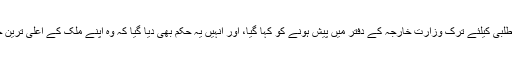
آسٹریا کے سفیر کو اس واقعہ پر جواب طلبی کیلئے ترک وزارت خارجہ کے دفتر میں پیش ہونے کو کہا گیا، اور انہیں یہ حکم بھی دیا گیا کہ وہ اپنے ملک کے اعلیٰ ترین حکام کو ترکی کا شدید احتجاج پہنچا دیں۔